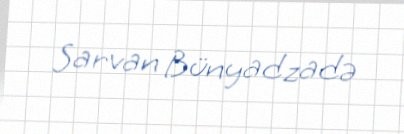
Sarvan Bünyadzadə